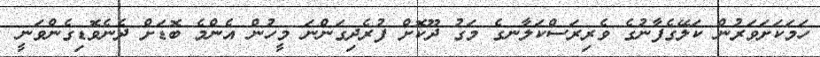
ހަމަކަށަވަރުން ކަލޭގެފާނުގެ ވެރިރަސްކަލާނގެ މަގު ދޫކޮށް ފުރެދިގަންނަ މީހުން އެންމެ ބޮޑަށް ދެނެވޮޑިގެންވަނީ